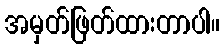
အမှတ်ဖြတ်ထားတာပါ။